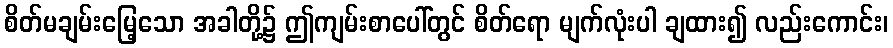
စိတ်မချမ်းမြေ့သော အခါတို့၌ ဤကျမ်းစာပေါ်တွင် စိတ်ရော မျက်လုံးပါ ချထား၍ လည်းကောင်း၊